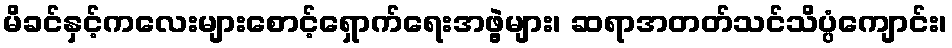
မိခင်နှင့်ကလေးများစောင့်ရှောက်ရေးအဖွဲ့များ၊ ဆရာအတတ်သင်သိပ္ပံကျောင်း၊